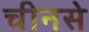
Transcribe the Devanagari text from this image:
चीनसे